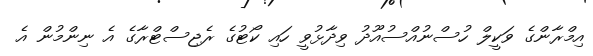
އިމްރާންގެ ވަކީލް ހުސްނުއްސުއޫދު ވިދާޅުވީ ހައި ކޯޓުގެ ރެޖިސްޓްރާގެ އެ ނިންމުން އެ